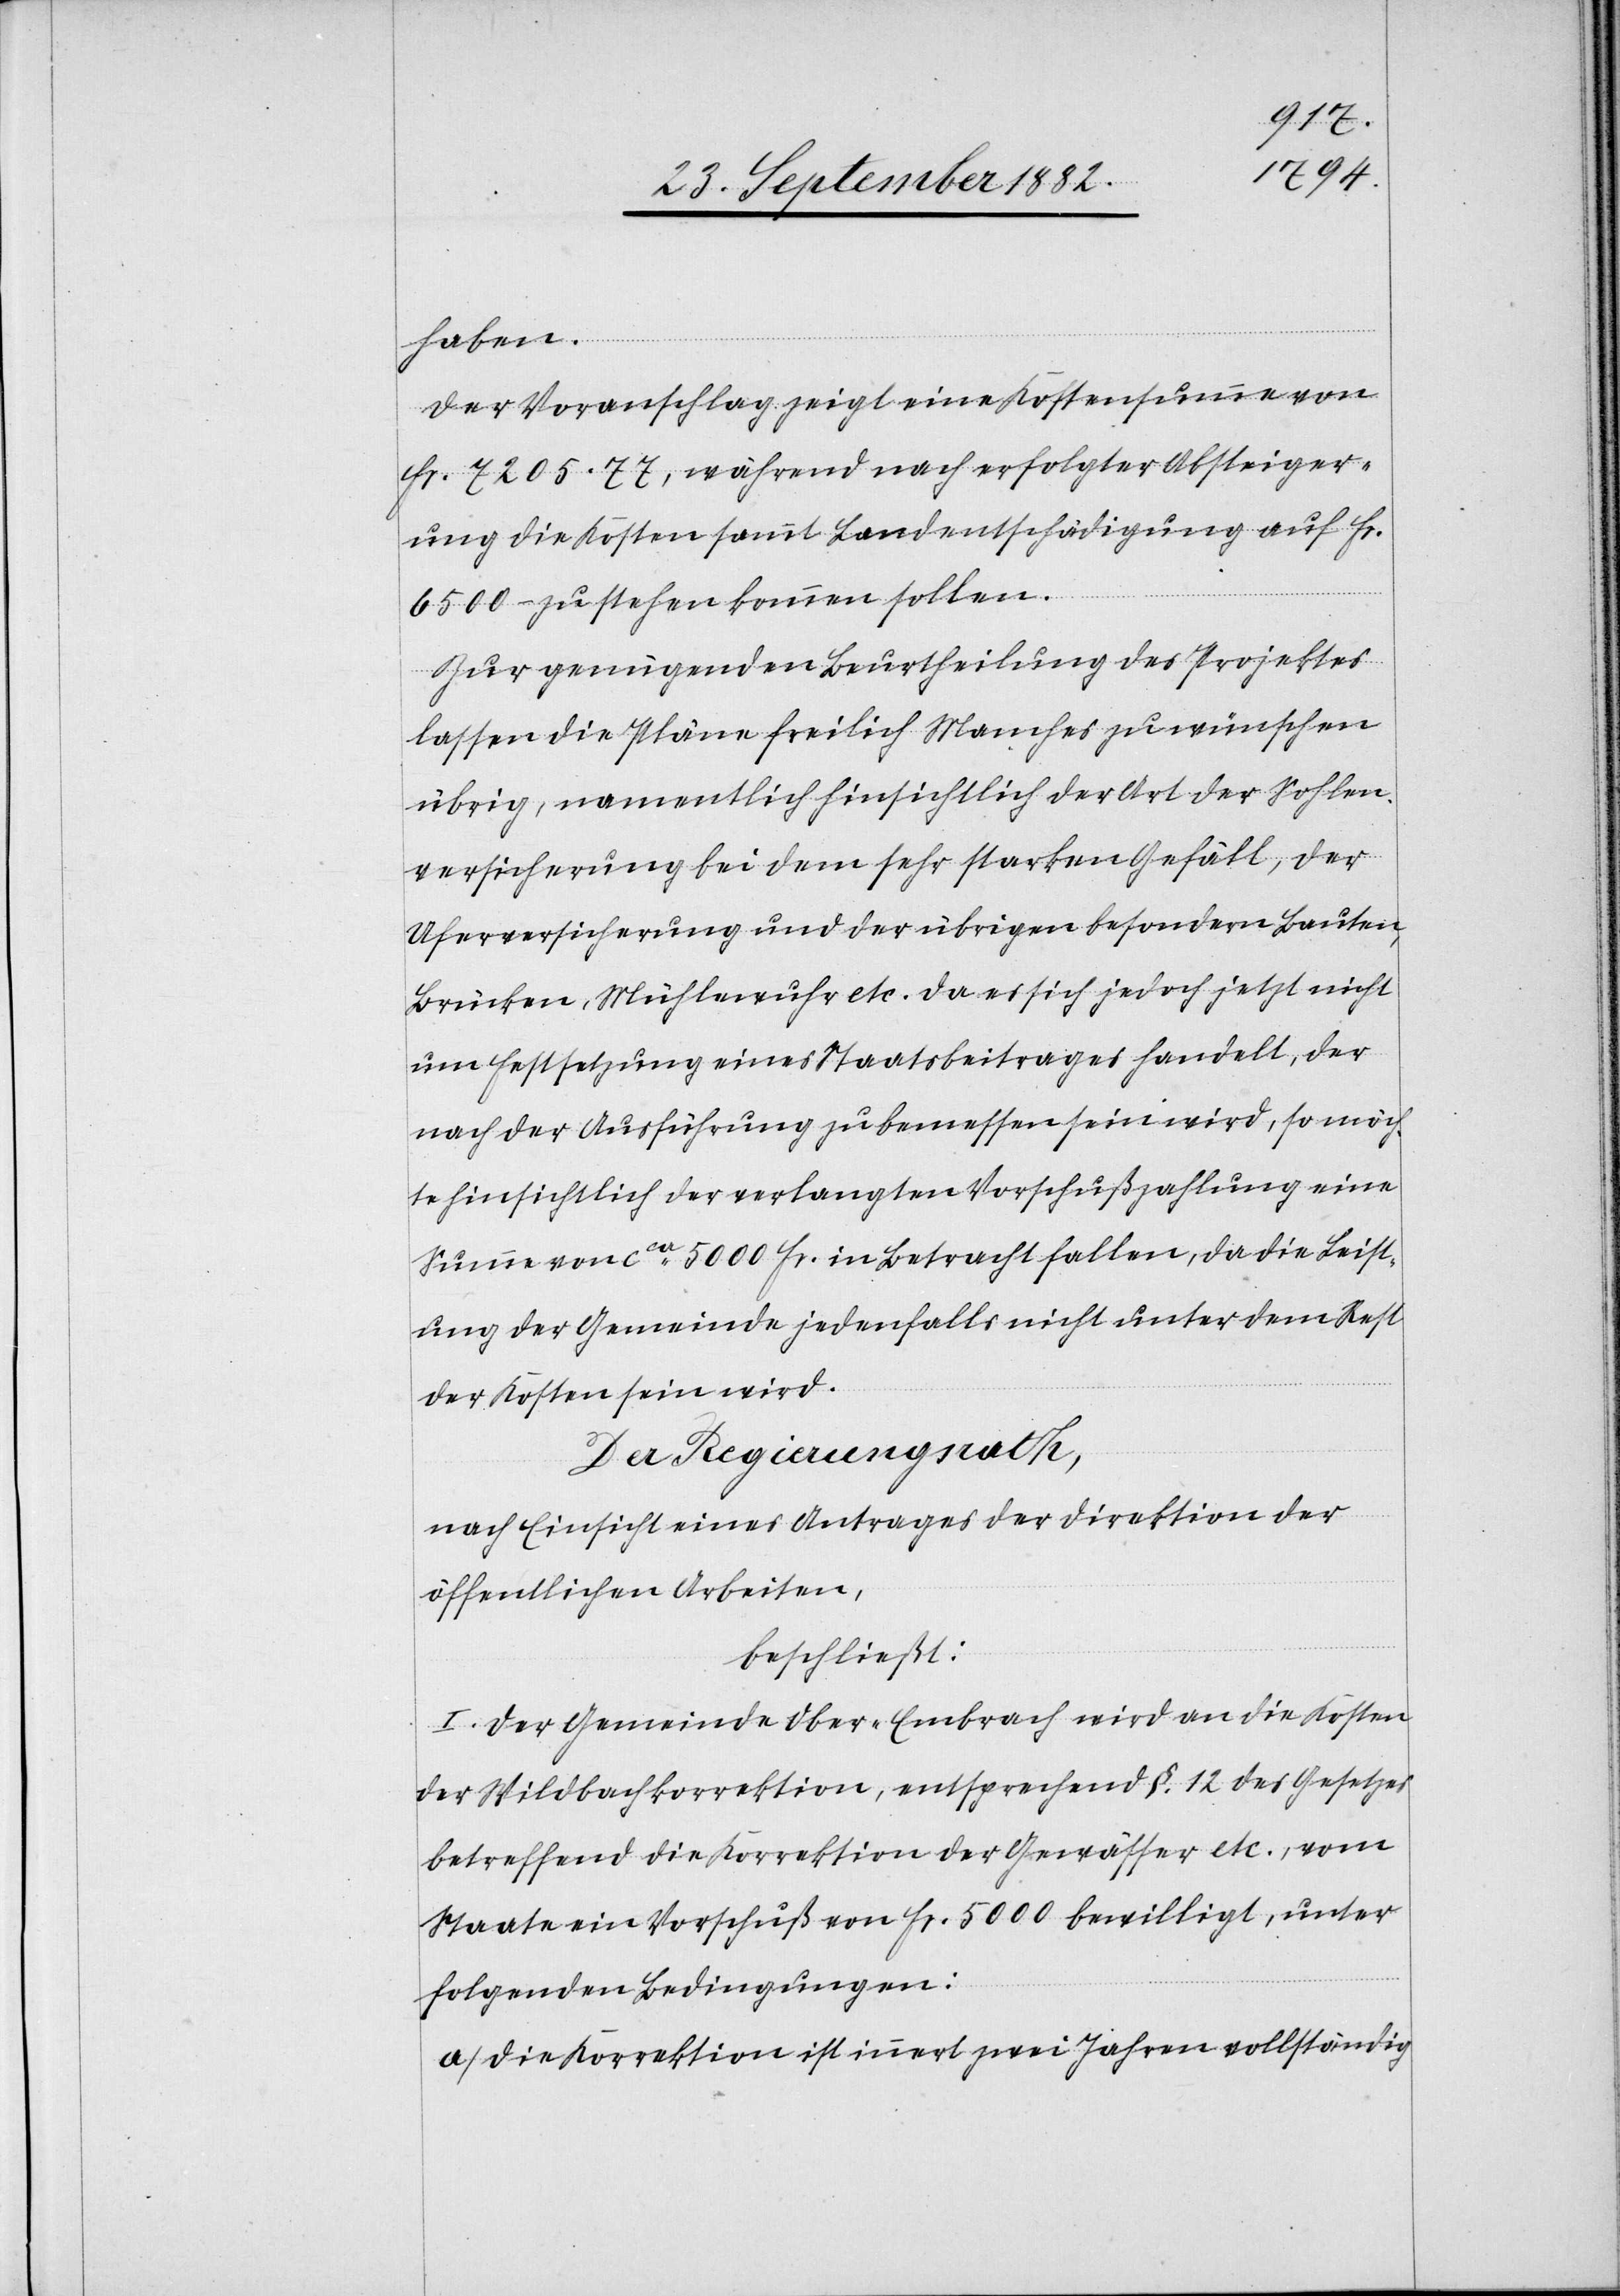
haben
Der Voranschlag zeigt eine Kostensumme von
Fr. 7205.77, während nach erfolgter Absteiger¬
ung die Kosten sammt Landentschädigung auf Fr.
6500 – zu stehen kommen sollen.
Zur genügenden Beurtheilung des Projektes
lassen die Pläne freilich Manches zu wünschen
übrig, namentlich hinsichtlich der Art der Sohlen¬
versicherung bei dem sehr starken Gefäll, der
Uferversicherung und der übrigen besondern Bauten,
Brücken, Mühlewuhr etc. da es sich jedoch jetzt nicht
um Festsetzung eines Staatsbeitrages handelt, der
nach der Ausführung zu bemessen sein wird, so möch¬
te hinsichtlich der verlangten Vorschußzahlung eine
Summe von ca 5000 Fr. in Betracht fallen, da die Leist¬
ung der Gemeinde jedenfalls nicht unter dem Rest
der Kosten sein wird.
Der Regierungsrath,
nach Einsicht eines Antrages der Direktion der
öffentlichen Arbeiten,
beschließt:
I. Der Gemeinde Ober-Embrach wird an die Kosten
der Wildbachkorrektion, entsprechend §. 12 des Gesetzes
betreffend die Korrektion der Gewässer etc., vom
Staate ein Vorschuß von Fr. 5000 bewilligt, unter
folgenden Bedingungen:
a) Die Korrektion ist innert zwei Jahren vollständig